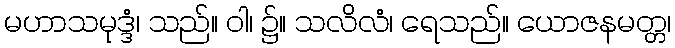
မဟာသမုဒ္ဒံ၊ သည်။ ဝါ၊ ၌။ သလိလံ၊ ရေသည်။ ယောဇနမတ္တ၊